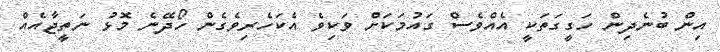
އިން ބުނެދިން ހަގީގަތަކީ އެއްވެސް ގައުމަަކަށް ވަކިވެ އެކަހެރިވެގެން ހޯދޭނެ މޮޅު ނަތީޖާއެއް